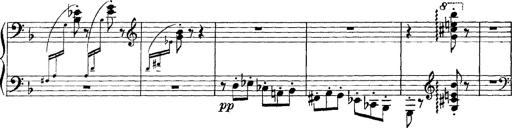
Title: Scherzo und Marsch
Composer: Franz Liszt